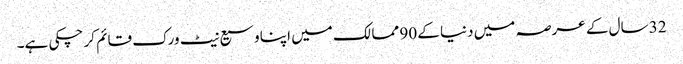
32 سال کے عرصہ میں دنیا کے 90 ممالک میں اپنا وسیع نیٹ ورک قائم کر چکی ہے۔